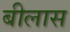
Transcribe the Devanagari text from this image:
बीलास